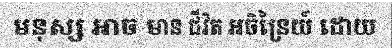
មនុស្ស អាច មាន ជីវិត អចិន្រៃយ៍ ដោយ